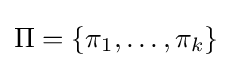
\Pi =\{\pi _{1},\dots ,\pi _{k}\}